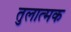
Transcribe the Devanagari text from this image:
तुलात्मक